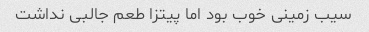
سیب زمینی خوب بود اما پیتزا طعم جالبی نداشت